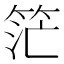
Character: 𥭎